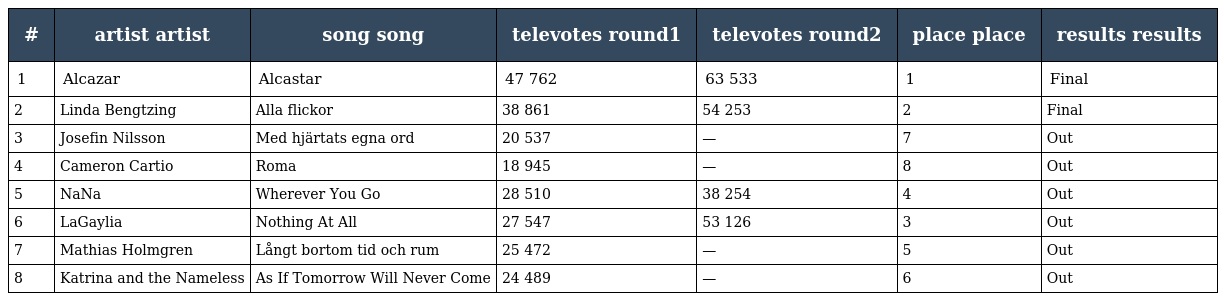
| # | artist artist | song song | televotes round1 | televotes round2 | place place | results results |
 | --- | --- | --- | --- | --- | --- | --- |
 | 1 | Alcazar | Alcastar | 47 762 | 63 533 | 1 | Final |
 | 2 | Linda Bengtzing | Alla flickor | 38 861 | 54 253 | 2 | Final |
 | 3 | Josefin Nilsson | Med hjärtats egna ord | 20 537 | — | 7 | Out |
 | 4 | Cameron Cartio | Roma | 18 945 | — | 8 | Out |
 | 5 | NaNa | Wherever You Go | 28 510 | 38 254 | 4 | Out |
 | 6 | LaGaylia | Nothing At All | 27 547 | 53 126 | 3 | Out |
 | 7 | Mathias Holmgren | Långt bortom tid och rum | 25 472 | — | 5 | Out |
 | 8 | Katrina and the Nameless | As If Tomorrow Will Never Come | 24 489 | — | 6 | Out |